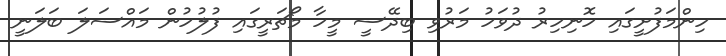
ހިންމަފުށީގައި ހޮނިހިރު ދުވަހު މަރުވި ބިދޭސީ މީހާ މޯޗަރީގައި ފުލުހުން މައްސަލަ ބަލަނީ